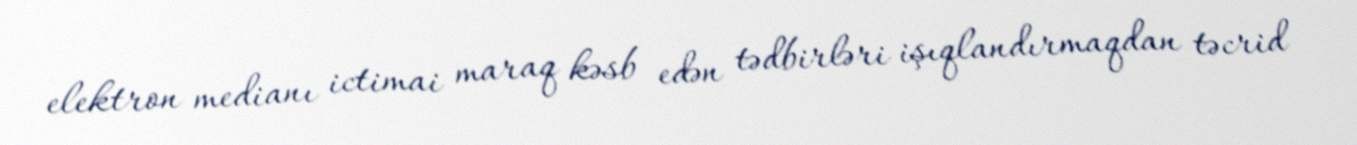
elektron medianı ictimai maraq kəsb edən tədbirləri işıqlandırmaqdan təcrid